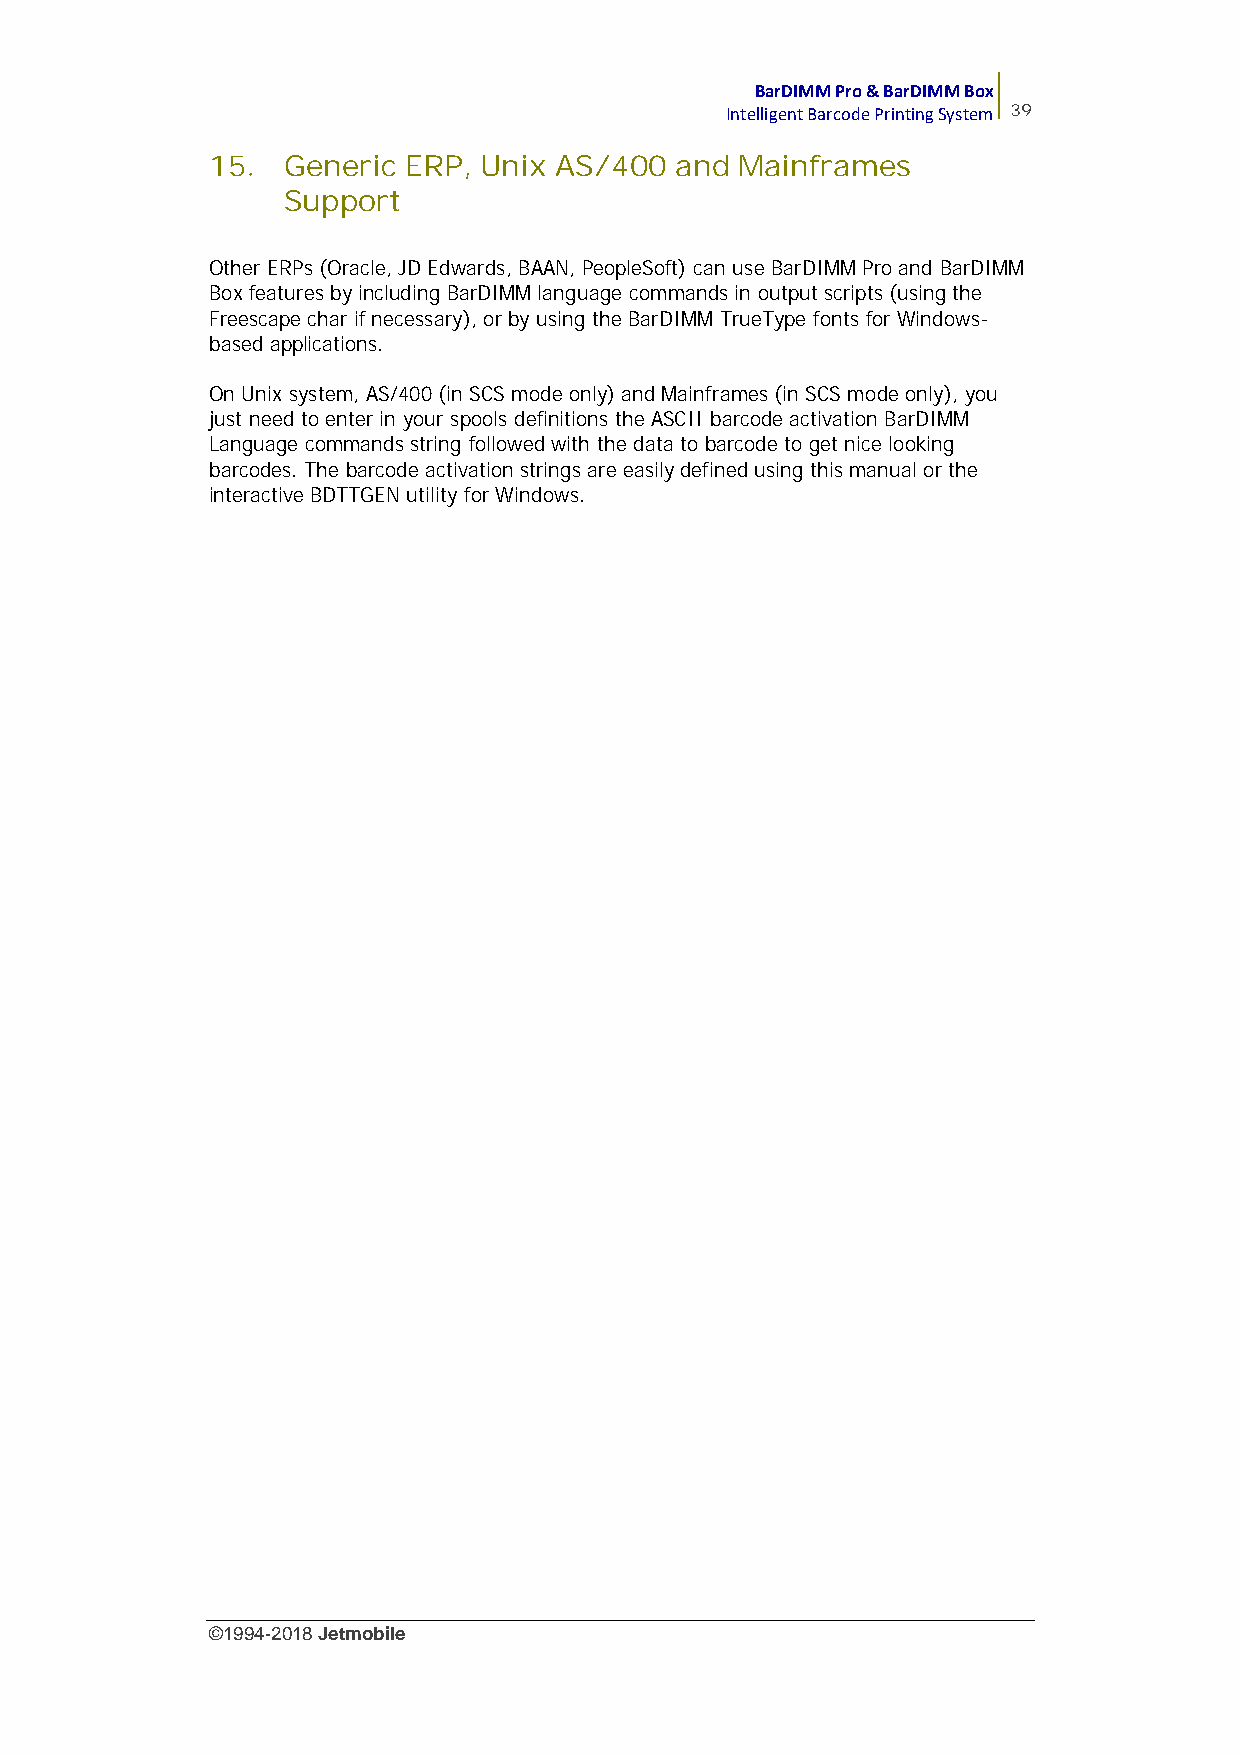
BarDIMM Pro & BarDIMM Box
 Intelligent Barcode Printing System 39
 15.  Generic ERP, Unix AS/400  and Mainframes
 Support
 Other ERPs (Oracle, JD Edwards, BAAN, PeopleSoft) can use BarDIMM Pro and BarDIMM
 Box features by including BarDIMM language commands in output scripts (using the
 Freescape char if necessary), or by using the BarDIMM TrueType fonts for Windows-
 based applications.
 On Unix system, AS/400 (in SCS mode only) and Mainframes (in SCS mode only), you
 just need to enter in your spools definitions the ASCII barcode activation BarDIMM
 Language commands string followed with the data to barcode to get nice looking
 barcodes. The barcode activation strings are easily defined using this manual or the
 interactive BDTTGEN utility for Windows.
 ©1994-2018Jetmobile
 E
 r
 r
 o